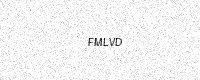
Text: FMLVD